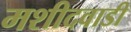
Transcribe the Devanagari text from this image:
मशीदवाडी